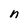
Character: n